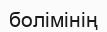
болімінің